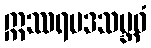
ဣဿရမဒသမ္ဘဝံ